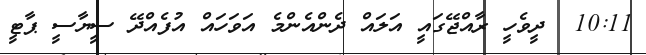
10:11  ދީވެހީ ރާއްޖޭގައީ އަލައް ދެންއެންމެ އަވަހައް އުފެއްދޭ ސީޔާސީ ޕާޓީ